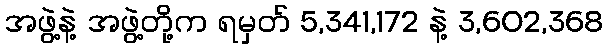
အဖွဲ့နဲ့ အဖွဲ့တို့က ရမှတ် 5,341,172 နဲ့ 3,602,368